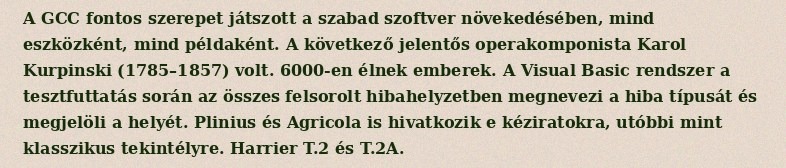
A GCC fontos szerepet játszott a szabad szoftver növekedésében, mind eszközként, mind példaként. A következő jelentős operakomponista Karol Kurpinski (1785–1857) volt. 6000-en élnek emberek. A Visual Basic rendszer a tesztfuttatás során az összes felsorolt hibahelyzetben megnevezi a hiba típusát és megjelöli a helyét. Plinius és Agricola is hivatkozik e kéziratokra, utóbbi mint klasszikus tekintélyre. Harrier T.2 és T.2A.